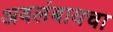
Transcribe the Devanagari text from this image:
अवलंबायचा